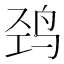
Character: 𱉠